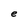
Character: e